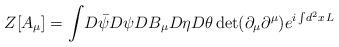
LaTeX: \begin{align*}Z[A_{\mu} ] = \int \! D \bar{\psi} D \psi D B_{\mu} D\eta D \theta\det(\partial_{\mu}\partial^{\mu}) e^{i\int \! d^2 x\, L}\end{align*}